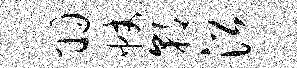
羽帐朝沿